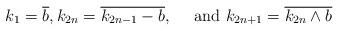
LaTeX: \begin{align*} k_1=\overline{b},k_{2n}=\overline{k_{2n-1}-b}, \quad\text{ and }k_{2n+1}=\overline{k_{2n}\wedge b} \end{align*}